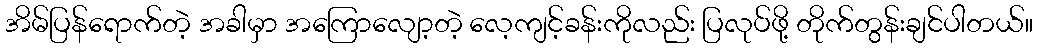
အိမ်ပြန်ရောက်တဲ့ အခါမှာ အကြောလျော့တဲ့ လေ့ကျင့်ခန်းကိုလည်း ပြလုပ်ဖို့ တိုက်တွန်းချင်ပါတယ်။